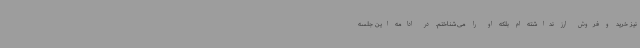
نیز خرید و فروش ارز نداشته ام بلکه او را می‌شناختم. در ادامه این جلسه